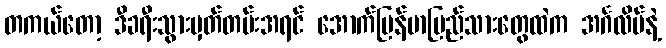
တကယ်တော့ ဒီခရီးသွားမှတ်တမ်းအရင် အောက်မြန်မာပြည်သားတွေထဲက အင်္ဂလိပ်နဲ့